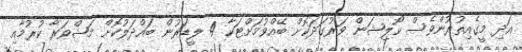
އަދި މީގެއިތުރުންވެސް ކޯލިޝަން ވަރުގަދަކޮށް ބޭއްވުމަށްޓަކާ 4 ލީޑަރުން ބައްދަލުކޮށް މަޝްވަރާ ކުރުމާއި